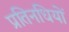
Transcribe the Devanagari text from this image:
प्रतिनधियों